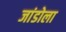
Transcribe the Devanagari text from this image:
जांडोला